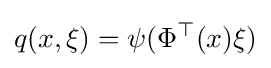
q(x,\xi )=\psi (\Phi ^{\top }(x)\xi )